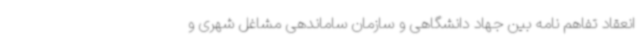
انعقاد تفاهم نامه بین جهاد دانشگاهی و سازمان ساماندهی مشاغل شهری و